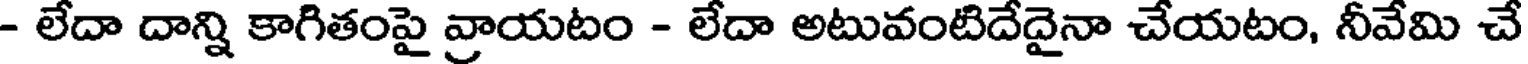
- లేదా దాన్ని కాగితంపై వ్రాయటం - లేదా అటువంటిదేదైనా చేయటం, నీవేమి చే